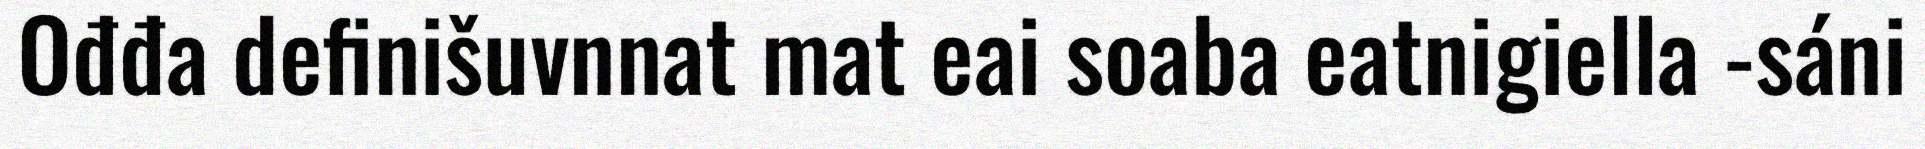
Ođđa definišuvnnat mat eai soaba eatnigiella -sáni